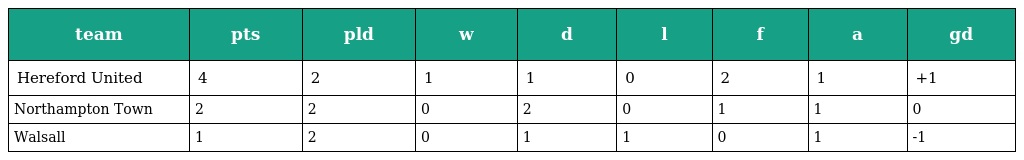
| team | pts | pld | w | d | l | f | a | gd |
 | --- | --- | --- | --- | --- | --- | --- | --- | --- |
 | Hereford United | 4 | 2 | 1 | 1 | 0 | 2 | 1 | +1 |
 | Northampton Town | 2 | 2 | 0 | 2 | 0 | 1 | 1 | 0 |
 | Walsall | 1 | 2 | 0 | 1 | 1 | 0 | 1 | -1 |